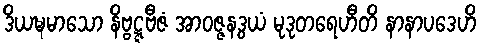
ဒိယဍ္ဎမာသော နိဗ္ဗဋ္ဋဗီဇံ အာဝဇ္ဇနဒွယံ မုဒုတရေဟီတိ နာနာပဒေဟိ